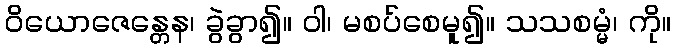
ဝိယောဇေန္တေန၊ ခွဲခွာ၍။ ဝါ၊ မစပ်စေမူ၍။ သသစမ္မံ၊ ကို။